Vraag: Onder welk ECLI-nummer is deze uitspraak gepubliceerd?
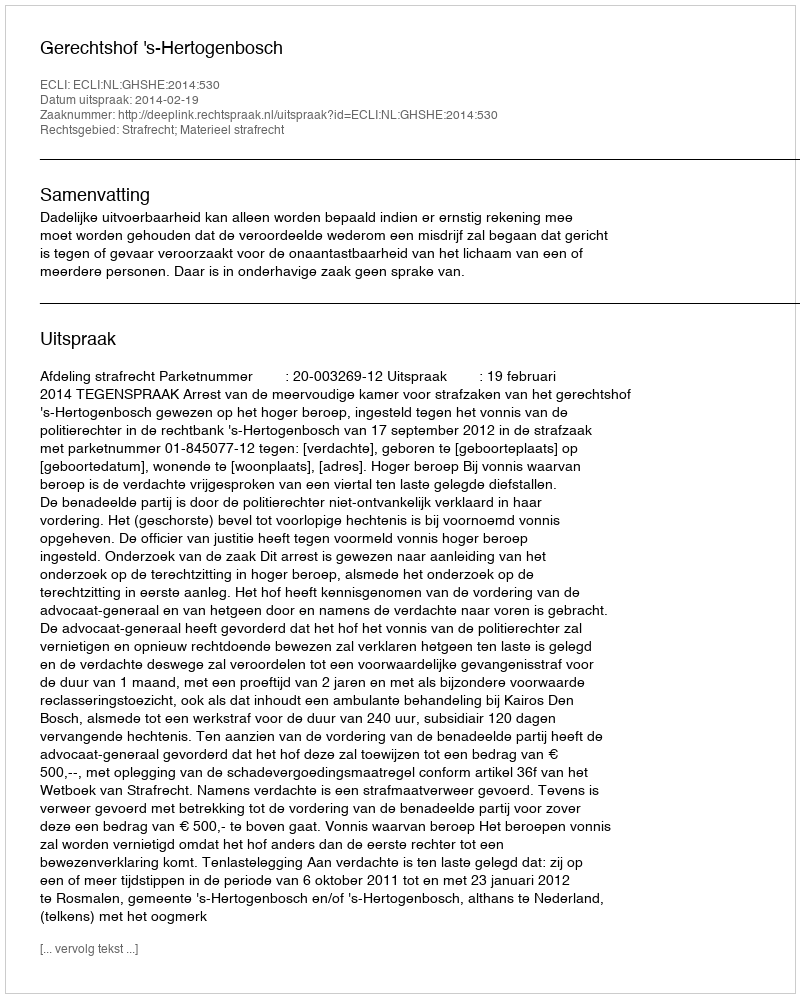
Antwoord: ECLI:NL:GHSHE:2014:530